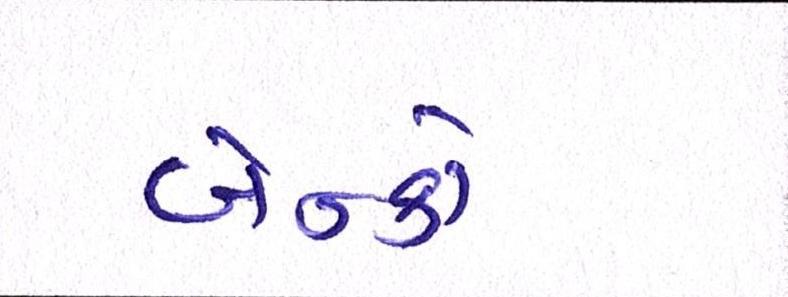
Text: બેન્કો